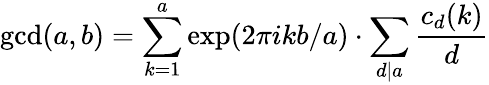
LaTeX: \operatorname*{gcd}(a,b)=\sum_{k=1}^{a}\exp(2\pi ikb/a)\cdot\sum_{d\left|a\right.}{\frac{c_{d}(k)}{d}}